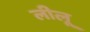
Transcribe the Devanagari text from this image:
लीलू